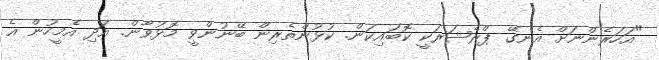
"އަހަރެންނަށް އެނގޭ ޕްރެޝަރަކީ ކޮބައިކަން. ކުޅުންތެރިން ބޭނުންވީ މޮޅުވާން. އަދި އެމީހުން އެ